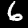
Label: 6